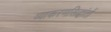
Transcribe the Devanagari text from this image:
व्याकरणसिद्धांतों